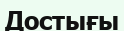
Достығы